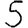
Digit: 5